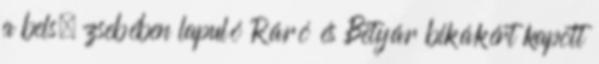
a belsı zsebében lapuló Ráró és Betyár bikákért kapott